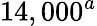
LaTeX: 14,000^{a}